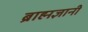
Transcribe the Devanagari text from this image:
ब्राह्मज्ञानी